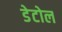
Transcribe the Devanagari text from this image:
डेटोल